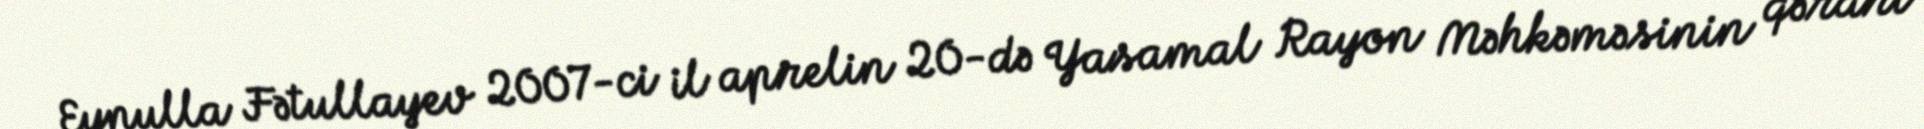
Eynulla Fətullayev 2007-ci il aprelin 20-də Yasamal Rayon Məhkəməsinin qərarı